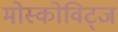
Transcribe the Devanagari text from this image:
मोस्कोविट्ज